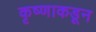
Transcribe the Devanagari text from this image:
कृष्णाकडून